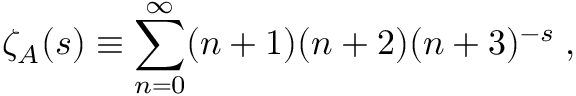
\zeta _ { \cal A } ( s ) \equiv \sum _ { n = 0 } ^ { \infty } ( n + 1 ) ( n + 2 ) ( n + 3 ) ^ { - s } \; ,